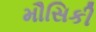
મૌસિકી